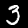
Label: 3